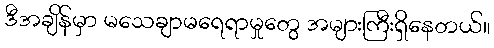
ဒီအချိန်မှာ မသေချာမရေရာမှုတွေ အများကြီးရှိနေတယ်။